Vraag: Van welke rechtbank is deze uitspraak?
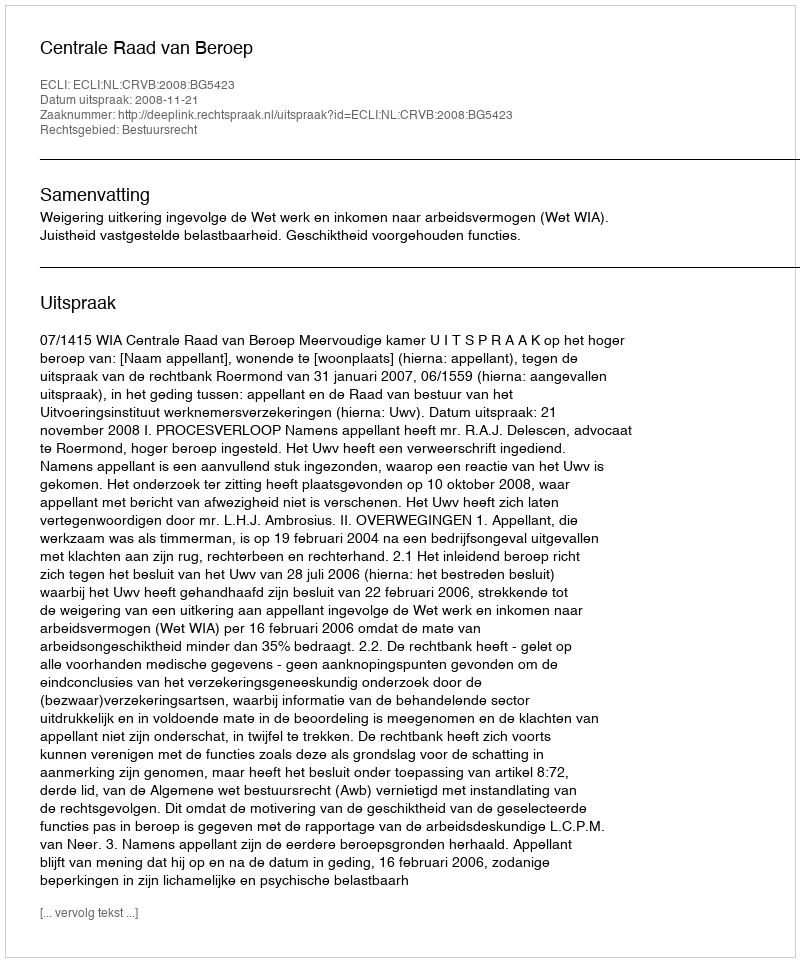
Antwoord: Centrale Raad van Beroep